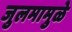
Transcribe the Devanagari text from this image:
जुलमामुळे